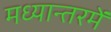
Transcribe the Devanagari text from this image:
मध्यान्तरमें